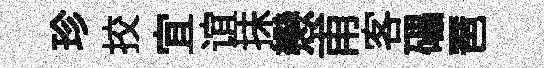
珍挍宜谊抺戀甫客礧琶